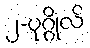
၂-ပုဂ္ဂိုလ်